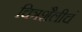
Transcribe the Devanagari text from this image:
चित्रशैलीचं